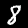
Label: 8